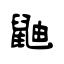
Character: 鼬